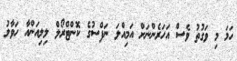
ހަމަ މި ވަގުތު ވެސް އަހަރެންނަށް އަމިއްލަ ނަފްސުގެ ކޮންޓްރޯލް ލިލިއަންއާ ހަވާލު